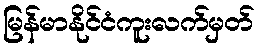
မြန်မာနိုင်ငံကူးလက်မှတ်